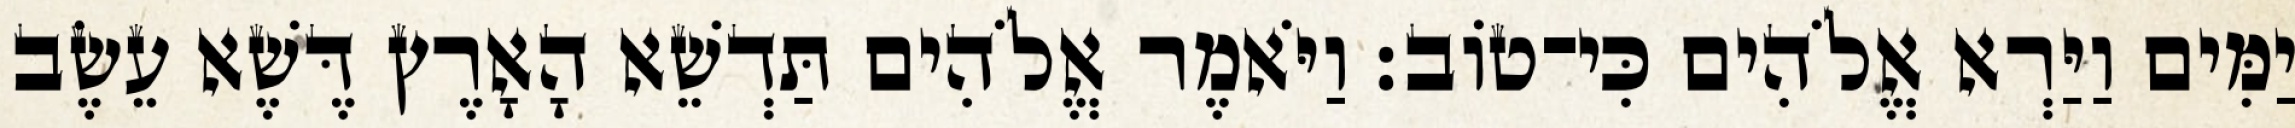
יַמִּים וַיַּרְא אֱלֹהִים כִּי־טֹוב׃ וַיֹּאמֶר אֱלֹהִים תַּדְשֵׁא הָאָרֶץ דֶּשֶׁא עֵשֶׂב